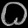
Digit: ၀